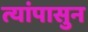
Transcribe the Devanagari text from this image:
त्यांपासुन